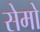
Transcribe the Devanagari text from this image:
सेमो